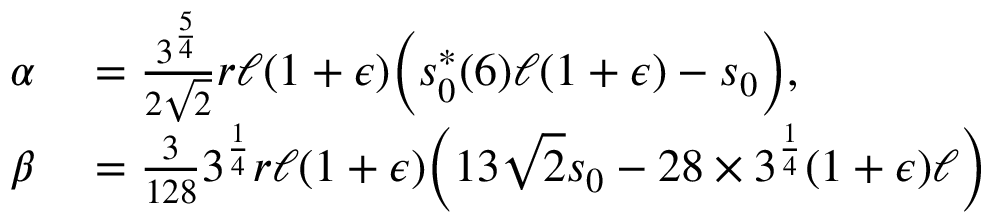
\begin{array} { r l } { \alpha } & { { } = \frac { 3 ^ { \frac { 5 } { 4 } } } { 2 \sqrt { 2 } } r \ell ( 1 + \epsilon ) \bigg ( s _ { 0 } ^ { * } ( 6 ) \ell ( 1 + \epsilon ) - s _ { 0 } \bigg ) , } \\ { \beta } & { { } = \frac { 3 } { 1 2 8 } 3 ^ { \frac { 1 } { 4 } } r \ell ( 1 + \epsilon ) \bigg ( 1 3 \sqrt { 2 } s _ { 0 } - 2 8 \times 3 ^ { \frac { 1 } { 4 } } ( 1 + \epsilon ) \ell \bigg ) } \end{array}